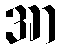
အာ